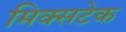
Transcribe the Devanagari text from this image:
मिक्सटेक